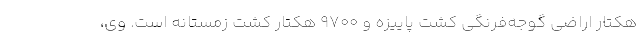
هکتار اراضی گوجه‌فرنگی کشت پاییزه و 9700 هکتار کشت زمستانه است. وی،